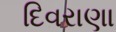
દિવરાણા